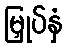
မြှုပ်နှံ